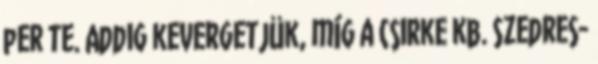
per te. Addig kevergetjük, míg a csirke kb. Szedres-